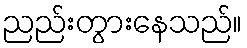
ညည်းတွားနေသည်။